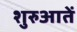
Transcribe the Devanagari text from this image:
शुरुआतें